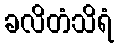
ခလိတံသိရံ